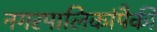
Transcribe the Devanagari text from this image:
नगरपालिकांपैकी